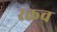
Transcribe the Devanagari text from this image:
रक्तच